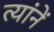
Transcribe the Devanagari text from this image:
त्यांनें